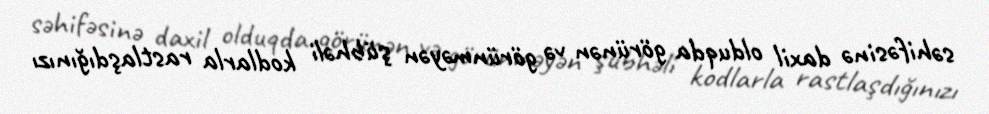
səhifəsinə daxil olduqda görünən və görünməyən şübhəli kodlarla rastlaşdığınızı